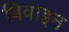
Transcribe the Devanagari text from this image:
बिवाइन